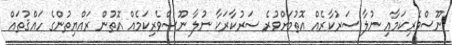
ނޫސްވެރިކަމާއި ނުލާ ސަރުކާރެއް އޮތުމަށްވުރެ ސަރުކާރަކާ ނުލާ ނޫސްވެރިކަމެއް އޮތުން ރައްޔިތުންގެ ހައްޤުތައް